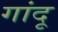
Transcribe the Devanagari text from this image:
गांदू